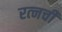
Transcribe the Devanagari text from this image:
रत्‍नची